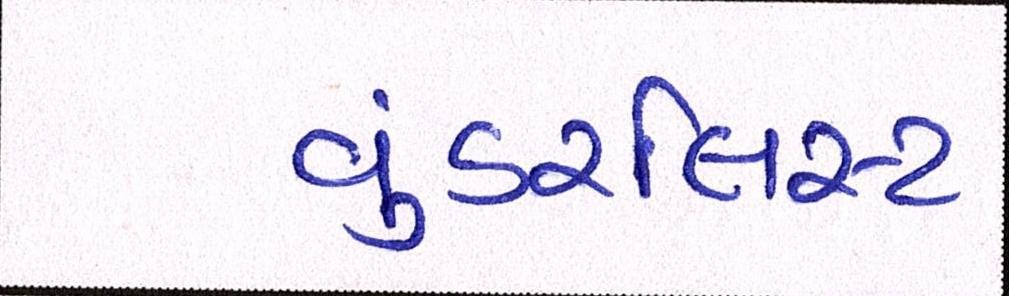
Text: વુંડરલિસ્ટ